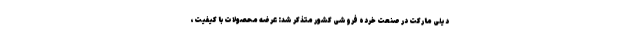
دیلی مارکت در صنعت خرده فروشی کشور متذکر شد: عرضه محصولات با کیفیت،